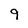
Character: 9